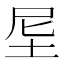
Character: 𡊴